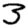
Digit: 3